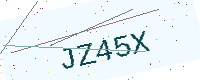
Text: JZ45X